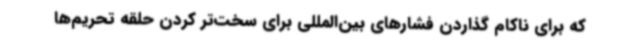
که برای ناکام گذاردن فشارهای بین‌المللی برای سخت‌تر کردن حلقه تحریم‌ها